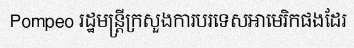
Pompeo រដ្ឋមន្ត្រីក្រសួងការបរទេសអាមេរិកផងដែរ